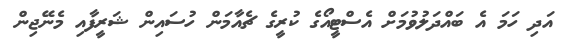
އަދި ހަމަ އެ ބައްދަލުވުމަށް އެސްޓީއޯގެ ކުރީގެ ޗެއާމަން ހުސައިން ޝަރީފާއި މެނޭޖިން